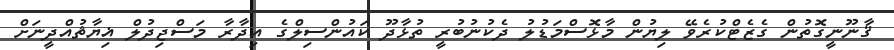
ޤާނޫނީގޮތުން ގެޒެޓްކުރެވޭ ލިޔުން މާޅޮސްމަޑުލު ދެކުނުބުރީ ތުޅާދޫ ކައުންސިލްގެ އިދާރާ މަސްޖިދުލް ޣިޔާޘުއްދީނަށް